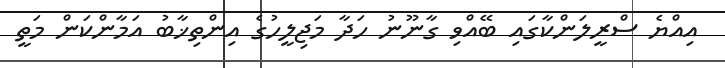
އިއްޔެ ސްރީލަންކާގައި ބޭއްވި ގާނޫނު ހަދާ މަޖިލީހުގެ އިންތިޚާބު އަމާންކަން މަތީ